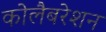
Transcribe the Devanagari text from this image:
कोलैबरेशन